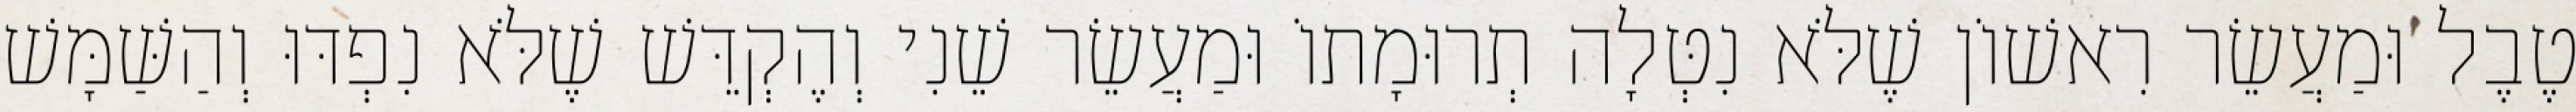
טֶבֶל וּמַעֲשֵׂר רִאשׁוֹן שֶׁלֹּא נִטְּלָה תְרוּמָתוֹ וּמַעֲשֵׂר שֵׁנִי וְהֶקְדֵּשׁ שֶׁלֹּא נִפְדּוּ וְהַשַּׁמָּשׁ